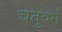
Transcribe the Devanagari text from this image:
चतुवर्ग